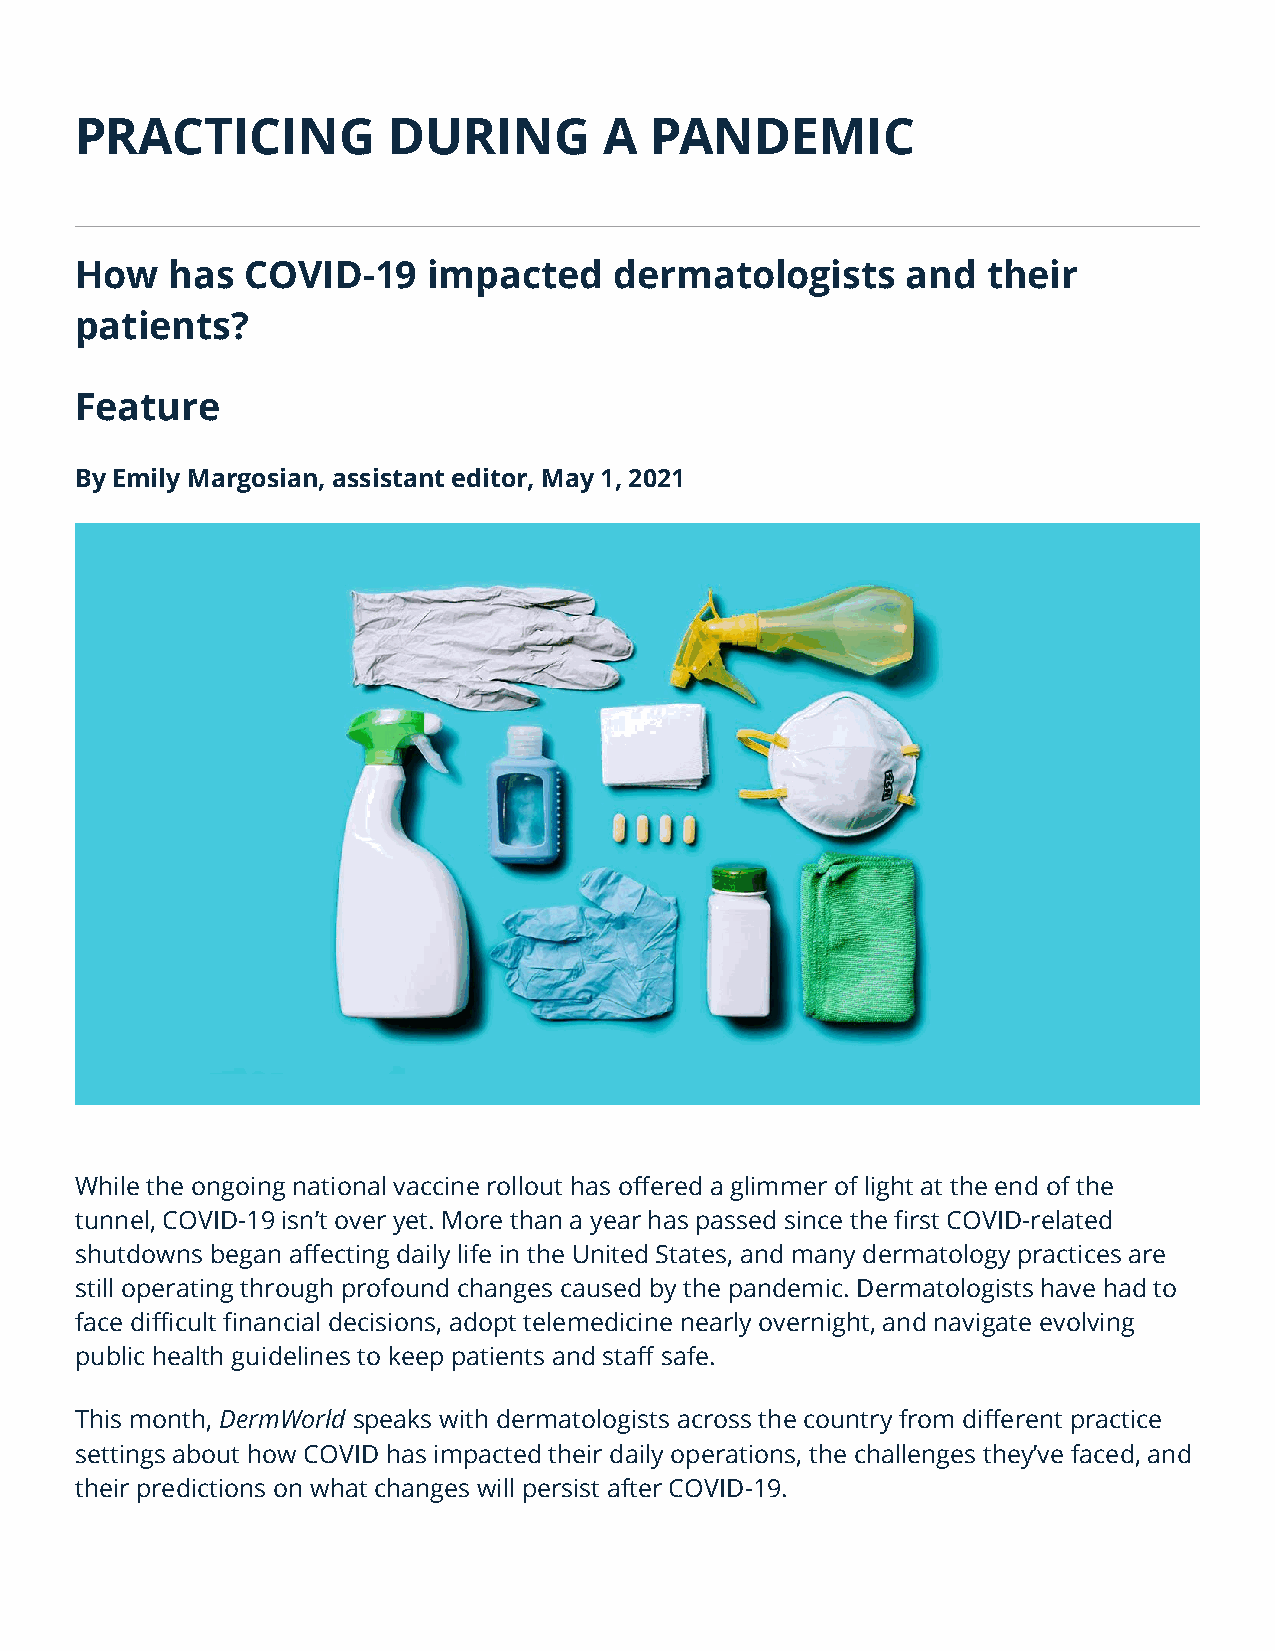
PRACTICING           DURING        A  PANDEMIC
 How   has  COVID-19    impacted     dermatologists     and  their
 patients?
 Feature
 By Emily Margosian, assistant editor, May 1, 2021
 While the ongoing national vaccine rollout has offered a glimmer of light at the end of the
 tunnel, COVID-19 isn’t over yet. More than a year has passed since the first COVID-related
 shutdowns began affecting daily life in the United States, and many dermatology practices are
 still operating through profound changes caused by the pandemic. Dermatologists have had to
 face difficult financial decisions, adopt telemedicine nearly overnight, and navigate evolving
 public health guidelines to keep patients and staff safe.
 This month, DermWorld speaks with dermatologists across the country from different practice
 settings about how COVID has impacted their daily operations, the challenges they’ve faced, and
 their predictions on what changes will persist after COVID-19.